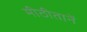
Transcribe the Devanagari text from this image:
मीठीतानें